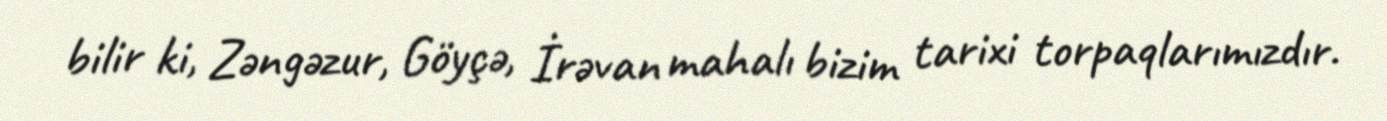
bilir ki, Zəngəzur, Göyçə, İrəvan mahalı bizim tarixi torpaqlarımızdır.